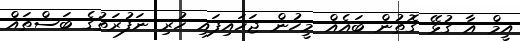
އީމް އާ ގުޅޭ ގޮތުން ބައެއް މީހުން ޖަހައިފައި ހުރި ނަފުރަތުގެ ބަސްތައް